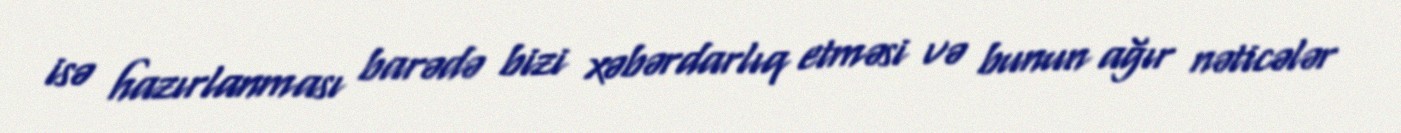
isə hazırlanması barədə bizi xəbərdarlıq etməsi və bunun ağır nəticələr